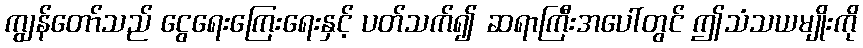
ကျွန်တော်သည် ငွေရေးကြေးရေးနှင့် ပတ်သက်၍ ဆရာကြီးအပေါ်တွင် ဤသံသယမျိုးကို